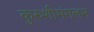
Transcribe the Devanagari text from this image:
कुरुशीमंगलम